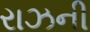
રાઝની